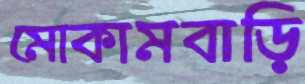
মোকামবাড়ি